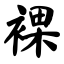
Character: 裸